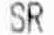
SR